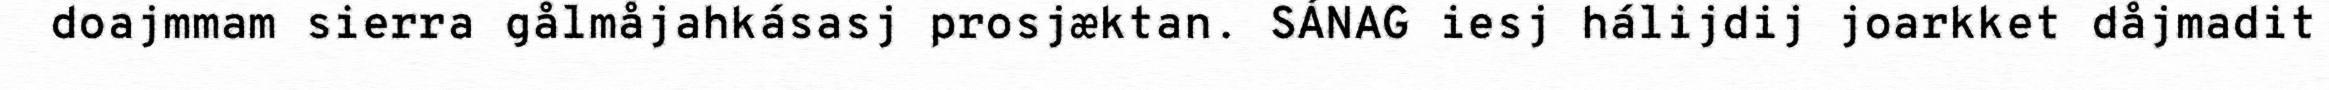
doajmmam sierra gålmåjahkásasj prosjæktan. SÁNAG iesj hálijdij joarkket dåjmadit